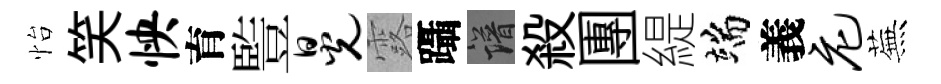
怡笑怏育䜿晃露躡譜殺團緹端義庀蕪